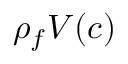
\rho _ { f } V ( c )